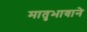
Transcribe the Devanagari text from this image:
मातृभावाने